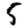
Digit: 5